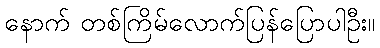
နောက် တစ်ကြိမ်လောက်ပြန်ပြောပါဦး။